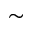
\sim